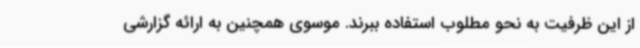
از این ظرفیت به نحو مطلوب استفاده ببرند. موسوی همچنین به ارائه گزارشی